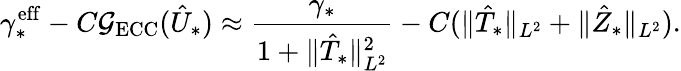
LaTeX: \gamma_{*}^{\mathrm{eff}}-C\mathcal G_{\mathrm{ECC}}(\hat{U}_{*})\approx\frac{\gamma_{*}}{1+\Vert\hat{T}_{*}\Vert_{L^{2}}^{2}}-C(\Vert\hat{T}_{*}\Vert_{L^{2}}+\Vert\hat{Z}_{*}\Vert_{L^{2}}).